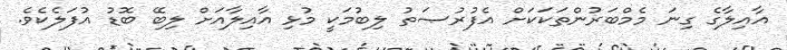
އާއިލާގެ ގިނަ މެމްބަރުންތަކަކަށް އެފުރުޞަތު ލިބުމަކީ މުޅި އާއިލާއަށް ލިބޭ ބޮޑު އުފަލެކެވެ.